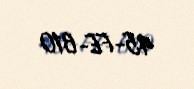
45-FE-610